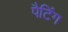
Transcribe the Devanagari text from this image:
पैटिंग